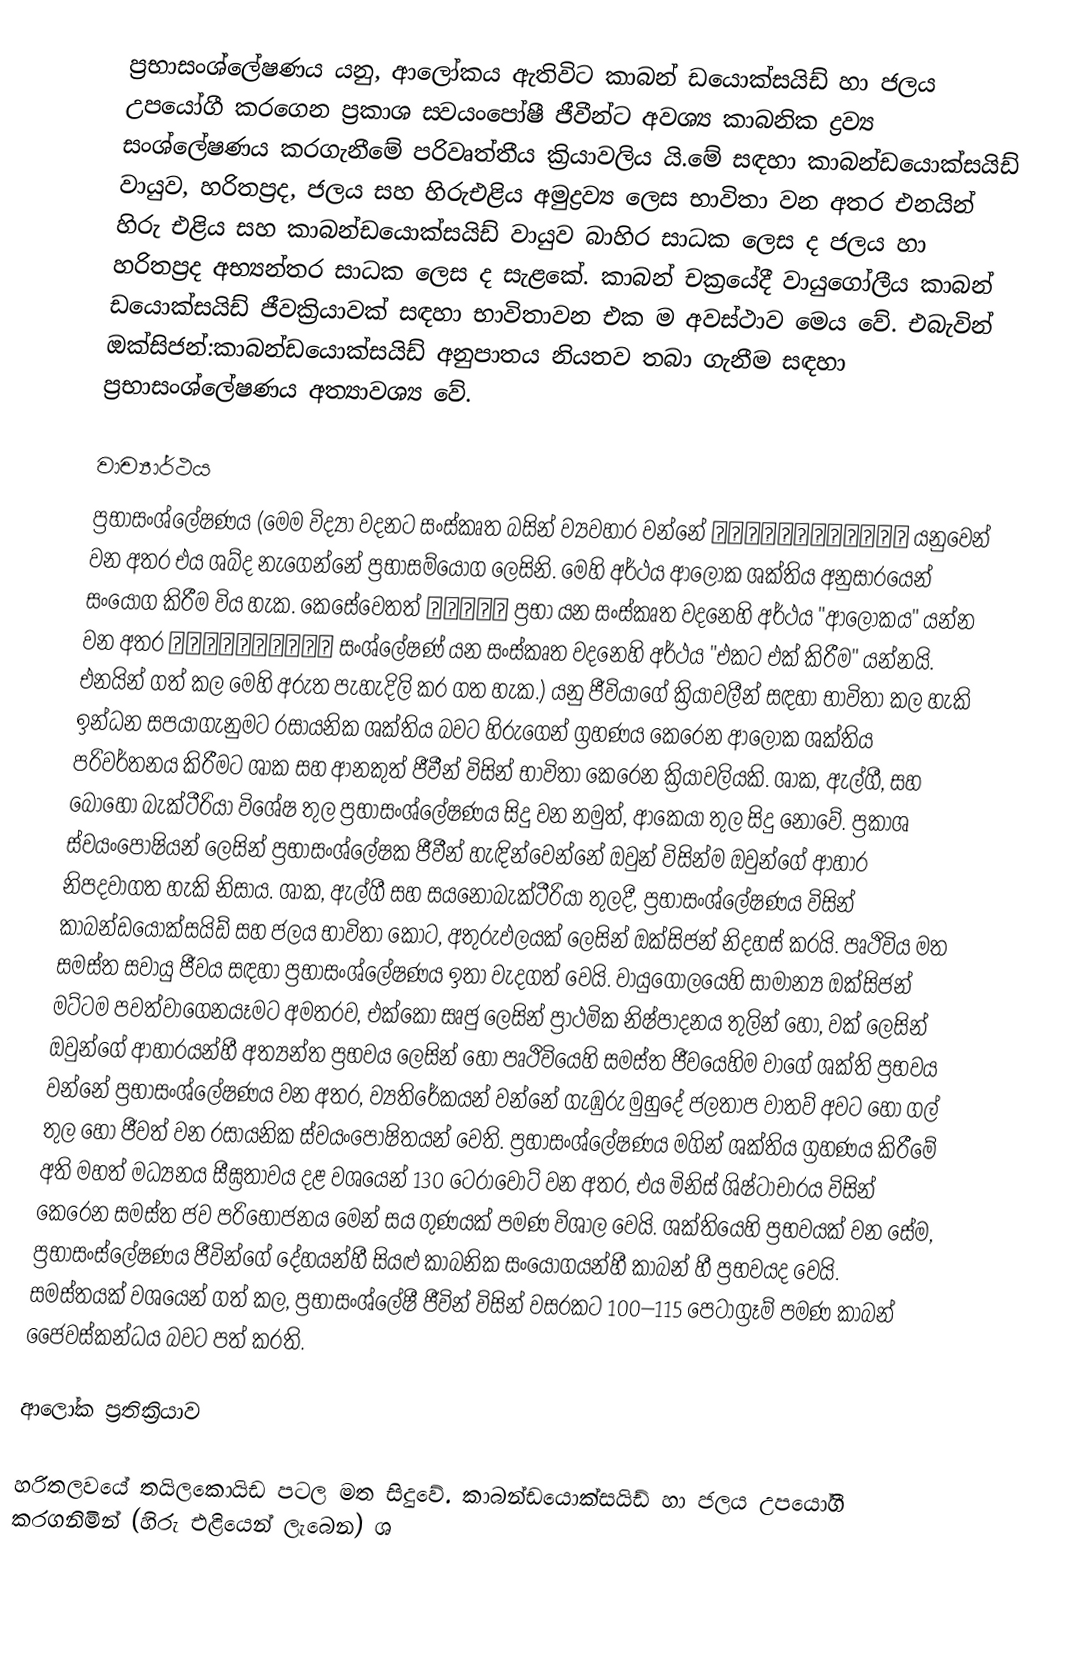
ප්‍රභාසංශ්ලේෂණය යනු, ආලෝකය ඇතිවිට කාබන් ඩයොක්සයිඩ් හා ජලය උපයෝගී කරගෙන ප්‍රකාශ ස‍්වයංපෝෂී ජීවීන්ට අවශ්‍ය කාබනික ද්‍රව්‍ය සංශ්ලේෂණය කරගැනීමේ පරිවෘත්තීය ක්‍රියාවලිය යි.මේ සඳහා කාබන්ඩයොක්සයිඩ් වායුව, හරිතප්‍රද, ජලය සහ හිරුඑළිය අමුද්‍රව්‍ය ලෙස භාවිතා වන අතර එනයින් හිරු එළිය සහ කාබන්ඩයොක්සයිඩ් වායුව බාහිර සාධක ලෙස ද ජලය හා හරිතප්‍රද අභ්‍යන්තර සාධක ලෙස ද සැළකේ. කාබන් චක්‍රයේදී වායුගෝලීය කාබන් ඩයොක්සයිඩ් ජීවක්‍රියාවක් සඳහා භාවිතාවන එක ම අවස්ථාව මෙය වේ. එබැවින් ඔක්සිජන්:කාබන්ඩයොක්සයිඩ් අනුපාතය නියතව තබා ගැනීම සඳහා ප්‍රභාසංශ්ලේෂණය අත්‍යාවශ්‍ය වේ.

වාච්‍යාර්ථය
ප්‍රභාසංශ්ලේෂණය  (මෙම විද්‍යා වදනට සංස්කෘත බසින් ව්‍යවහාර වන්නේ प्रभासंयोगह्  යනුවෙන් වන අතර එය ශබ්ද නැගෙන්නේ ප්‍රභාසම්යෝග ලෙසිනි.  මෙහි අර්ථය ආලෝක ශක්තිය අනුසාරයෙන් සංයෝග කිරීම විය හැක. කෙසේවෙතත් प्रभा ප්‍රභා යන සංස්කෘත වදනෙහි අර්ථය "ආලෝකය" යන්න වන අතර संश्लेषिन् සංශ්ලේෂණ් යන  සංස්කෘත වදනෙහි අර්ථය  "එකට එක් කිරීම" යන්නයි. එනයින් ගත් කල මෙහි අරුත පැහැදිලි කර ගත හැක.) යනු ජීවියාගේ ක්‍රියාවලීන් සඳහා භාවිතා කල හැකි ඉන්ධන සපයාගැනුමට රසායනික ශක්තිය බවට හිරුගෙන් ග්‍රහණය කෙරෙන ආලෝක ශක්තිය  පරිවර්තනය කිරීමට ශාක සහ ආනකුත් ජීවීන් විසින් භාවිතා කෙරෙන  ක්‍රියාවලියකි. ශාක, ඇල්ගී, සහ බොහෝ  බැක්ටීරියා විශේෂ තුල ප්‍රභාසංශ්ලේෂණය සිදු වන නමුත්, ආකෙයා තුල සිදු නොවේ. ප්‍රකාශ ස්වයංපෝෂියන් ලෙසින් ප්‍රභාසංශ්ලේෂක ජීවීන් හැඳින්වෙන්නේ  ඔවුන් විසින්ම ඔවුන්ගේ ආහාර නිපදවාගත හැකි නිසාය. ශාක, ඇල්ගී සහ  සයනොබැක්ටීරියා තුලදී, ප්‍රභාසංශ්ලේෂණය විසින් කාබන්ඩයොක්සයිඩ් සහ ජලය භාවිතා කොට, අතුරුඵලයක් ලෙසින් ඔක්සිජන් නිදහස් කරයි. පෘථිවිය මත සමස්ත සවායු ජීවය සඳහා ප්‍රභාසංශ්ලේෂණය ඉතා වැදගත් වෙයි. වායුගෝලයෙහි සාමාන්‍ය ඔක්සිජන් මට්ටම පවත්වාගෙනයෑමට අමතරව,  එක්කෝ සෘජු ලෙසින්  ප්‍රාථමික නිෂ්පාදනය තුලින් හෝ, වක් ලෙසින් ඔවුන්ගේ ආහාරයන්හී අත්‍යන්ත ප්‍රභවය ලෙසින් හෝ පෘථිවියෙහි සමස්ත ජීවයෙහිම වාගේ ශක්ති ප්‍රභවය වන්නේ ප්‍රභාසංශ්ලේෂණය වන අතර, ව්‍යතිරේකයන් වන්නේ  ගැඹුරු මුහුදේ ජලතාප  වාතව් අවට හෝ ගල් තුල හෝ ජීවත් වන  රසායනික ස්වයංපෝෂිතයන් වෙති.  ප්‍රභාසංශ්ලේෂණය මගින් ශක්තිය ග්‍රහණය කිරීමේ අති මහත් මධ්‍යනය සීඝ්‍රතාවය දළ වශයෙන් 130 ටෙරාවොට් වන අතර, එය  මිනිස් ශිෂ්ටාචාරය විසින්  කෙරෙන සමස්ත ජව පරිභෝජනය මෙන් සය ගුණයක් පමණ විශාල වෙයි. ශක්තියෙහි ප්‍රභවයක් වන සේම, ප්‍රභාසංස්ලේෂණය ජීවින්ගේ දේහයන්හී සියළු කාබනික සංයෝගයන්හී කාබන් හී ප්‍රභවයද වෙයි. සමස්තයක් වශයෙන් ගත් කල, ප්‍රභාසංශ්ලේෂී ජීවින් විසින් වසරකට 100–115 පෙටාග්‍රෑම් පමණ කාබන්  ජෛවස්කන්ධය බවට පත් කරති.

ආලෝක ප්‍රතික්‍රියාව

හරිතලවයේ තයිලකොයිඩ පටල මත සිදුවේ. කාබන්ඩයොක්සයිඩ් හා ජලය උපයෝගී කරගනිමින් (හිරු එළියෙන් ලැබෙන) ශ